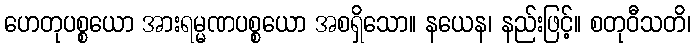
ဟေတုပစ္စယော အားရမ္မဏပစ္စယော အစရှိသော။ နယေန၊ နည်းဖြင့်။ စတုဝီသတိ၊